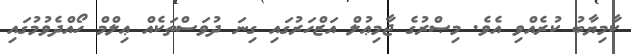
ކާމިޔާބު ކުރެއްވި އެވެ. މިޞްރުގެ ޖާމިޢުލް އަޒްހަރުގައި ގިނަ ދުވަސްތަކެއް ޢިލްމް ހޯއްދެވުމުގައި